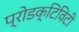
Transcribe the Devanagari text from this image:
प्रोडक्टिविटी